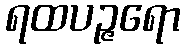
ရထပဉ္ဇရော